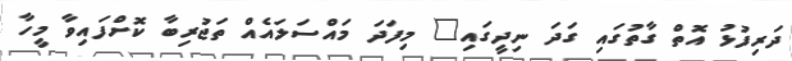
ދަރިފުޅު އޮތް ގާތުގައި ގަދަ ނިދީގައި" މިފަދަ މައްސަލައެއް ތަޖުރިބާ ކޮށްފައިވާ މީހާ